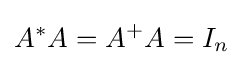
A^{*}A=A^{+}A=I_{n}